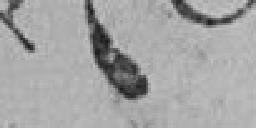
178